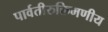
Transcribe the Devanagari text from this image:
पार्वतीरुक्तिमणीय